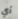
أي